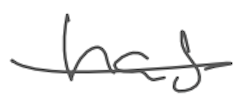
Text: has
Cross-out: mix
Writing tool: digital_gray